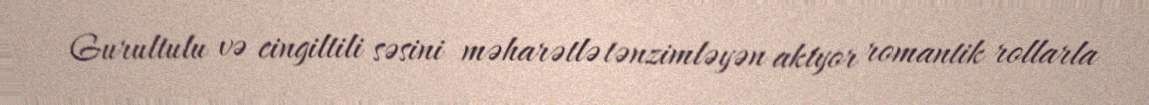
Gurultulu və cingiltili səsini məharətlə tənzimləyən aktyor romantik rollarla